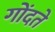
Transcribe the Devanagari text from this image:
गोंदते